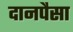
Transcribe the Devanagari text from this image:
दानपैसा